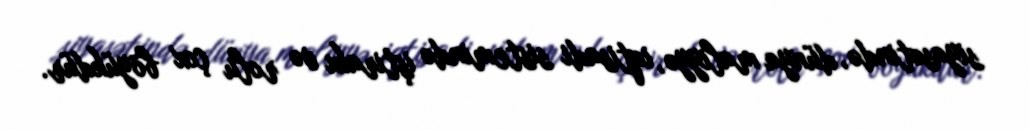
siyasətində, dünya maliyyə, iqtisadi sistemində iştirakı və rolu çox böyükdür.